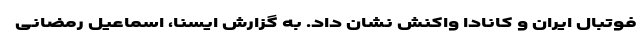
فوتبال ایران و کانادا واکنش نشان داد. به گزارش ایسنا، اسماعیل رمضانی